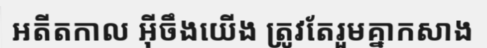
អតីតកាល អ៊ីចឹងយើង ត្រូវតែរួមគ្នាកសាង